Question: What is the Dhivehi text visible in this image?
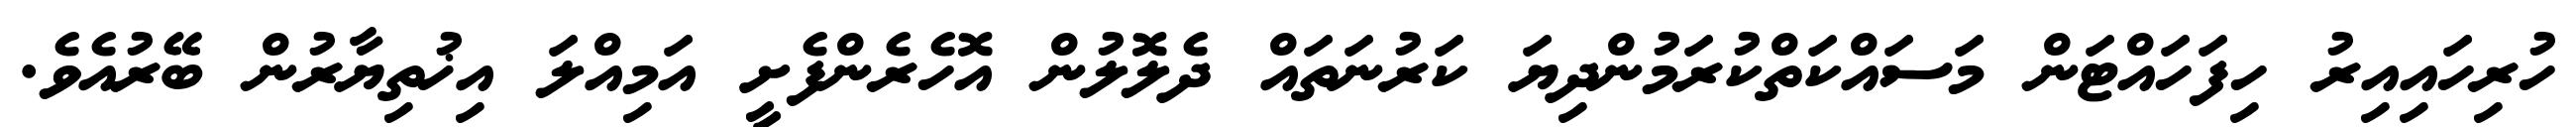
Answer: ހުރިހައިއިރު ހިފަހައްޓަން މަސައްކަތްކުރަމުންދިޔަ ކަރުނަތައް ދެލޮލުން އޮހެރެންފެށީ އަމިއްލަ އިޚުތިޔާރުން ބޭރުއެވެ.